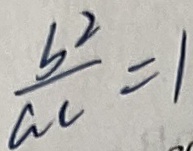
\frac { b ^ { 2 } } { a c } = 1